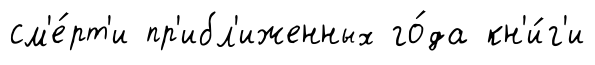
см'е́рт'и пр'ибл'иженных го́да кн'и́г'и